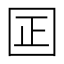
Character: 囸